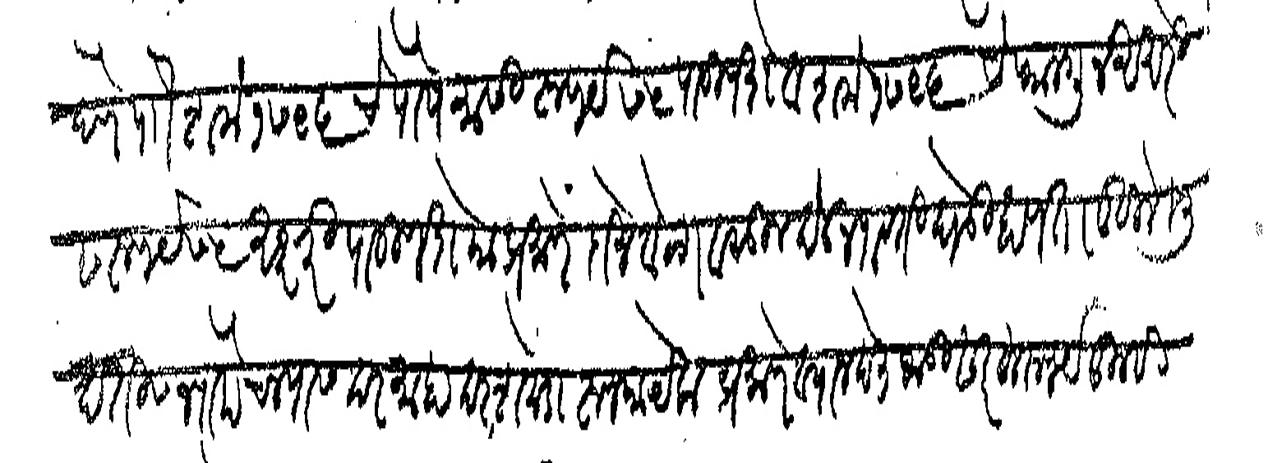
Transliteration (Devanagari): देणे पाौं शके १७९६ चे पौषमासी रुपये ७५ पाऊणशे व शके १७९६ चे फाल्गुन अखेरीस रुपये ७५ अक्षरी पाऊणशे याप्रमाणे दोन वेळा वसूल देऊन पावती घेऊ हापता लिहिले मुदतीस न पोहोचल्यास दरमाहा दरशेकडा रुपया येकप्रमाणे व्याज देत जाऊ सदरहू रुपये तुम्ही